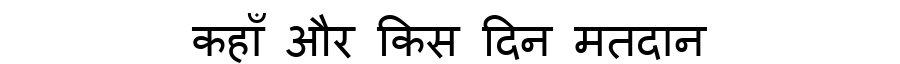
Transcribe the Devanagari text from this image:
कहाँ और किस दिन मतदान